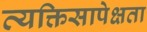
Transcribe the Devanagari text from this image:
व्यक्तिसापेक्षता